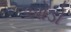
ઓડો